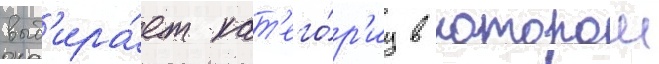
выб'ира́ет кат'его́р'иу в которои